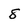
Character: 8